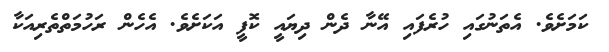
ކަމަށެވެ. އެތަނުގައި ހުރެފައި އޭނާ ދެން ދިޔައީ ކޮފީ އަކަށެވެ. އެހެން ރަހުމަތްތެރިއަކާ